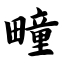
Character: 疃